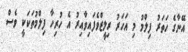
އޭނާގެ ހަތަރު ފިލްމު މި އަހަރު ރިލީޒްވެފައިވާއިރު އެ ހުރިހާ ފިލްމުތަކަކީ ވެސް